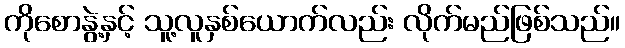
ကိုစောနွဲ့နှင့် သူ့လူနှစ်ယောက်လည်း လိုက်မည်ဖြစ်သည်။